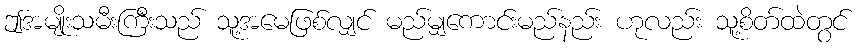
ဤအမျိုးသမီးကြီးသည် သူ့အမေဖြစ်လျှင် မည်မျှကောင်းမည်နည်း ဟုလည်း သူ့စိတ်ထဲတွင်